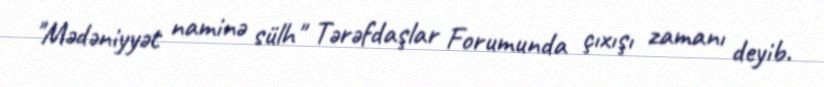
"Mədəniyyət naminə sülh" Tərəfdaşlar Forumunda çıxışı zamanı deyib.